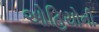
ઓહિયોની